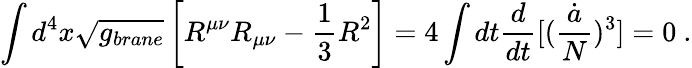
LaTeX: \int d^{4}x\sqrt{g_{brane}}\left[R^{\mu\nu}R_{\mu\nu}-{\frac{1}{3}}R^{2}\right]=4\int dt{\frac{d}{dt}}[({\frac{\dot{a}}{N}})^{3}]=0\ .